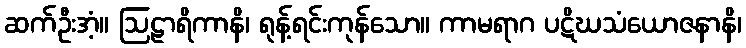
ဆက်ဦးအံ့။ ဩဠာရိကာနိ၊ ရုန့်ရင်းကုန်သော။ ကာမရာဂ ပဋိဃသံယောဇနာနိ၊